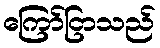
ကြော်ငြာသည်